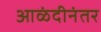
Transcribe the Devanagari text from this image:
आळंदीनंतर